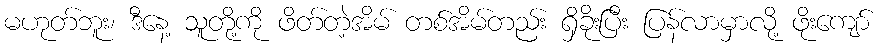
မဟုတ်ဘူး၊ ဒီနေ့ သူတို့ကို ဖိတ်တဲ့အိမ် တစ်အိမ်တည်း ရှိခိုးပြီး ပြန်လာမှာလို့ ဖိုးကျော်